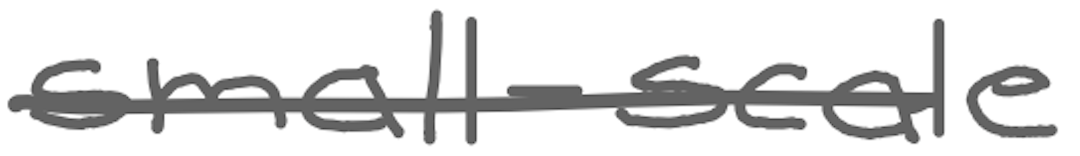
Text: small-scale
Cross-out: single-line
Writing tool: digital_gray